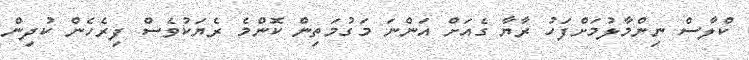
ކްލާސް ނިންމާލުމަށްފަހު ރާޔާ ގެއަށް އަންނަ މަގުމަތިން ކޮންމެ ރެޔަކުވެސް ފިރެހެން ކުދިން